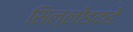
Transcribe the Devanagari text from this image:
सिल्लोडकडे